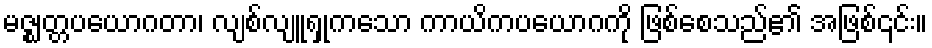
မဇ္ဈတ္တပယောဂတာ၊ လျစ်လျူရှုကသော ကာယိကပယောဂကို ဖြစ်စေသည်၏ အဖြစ်၎င်း။